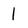
Character: l